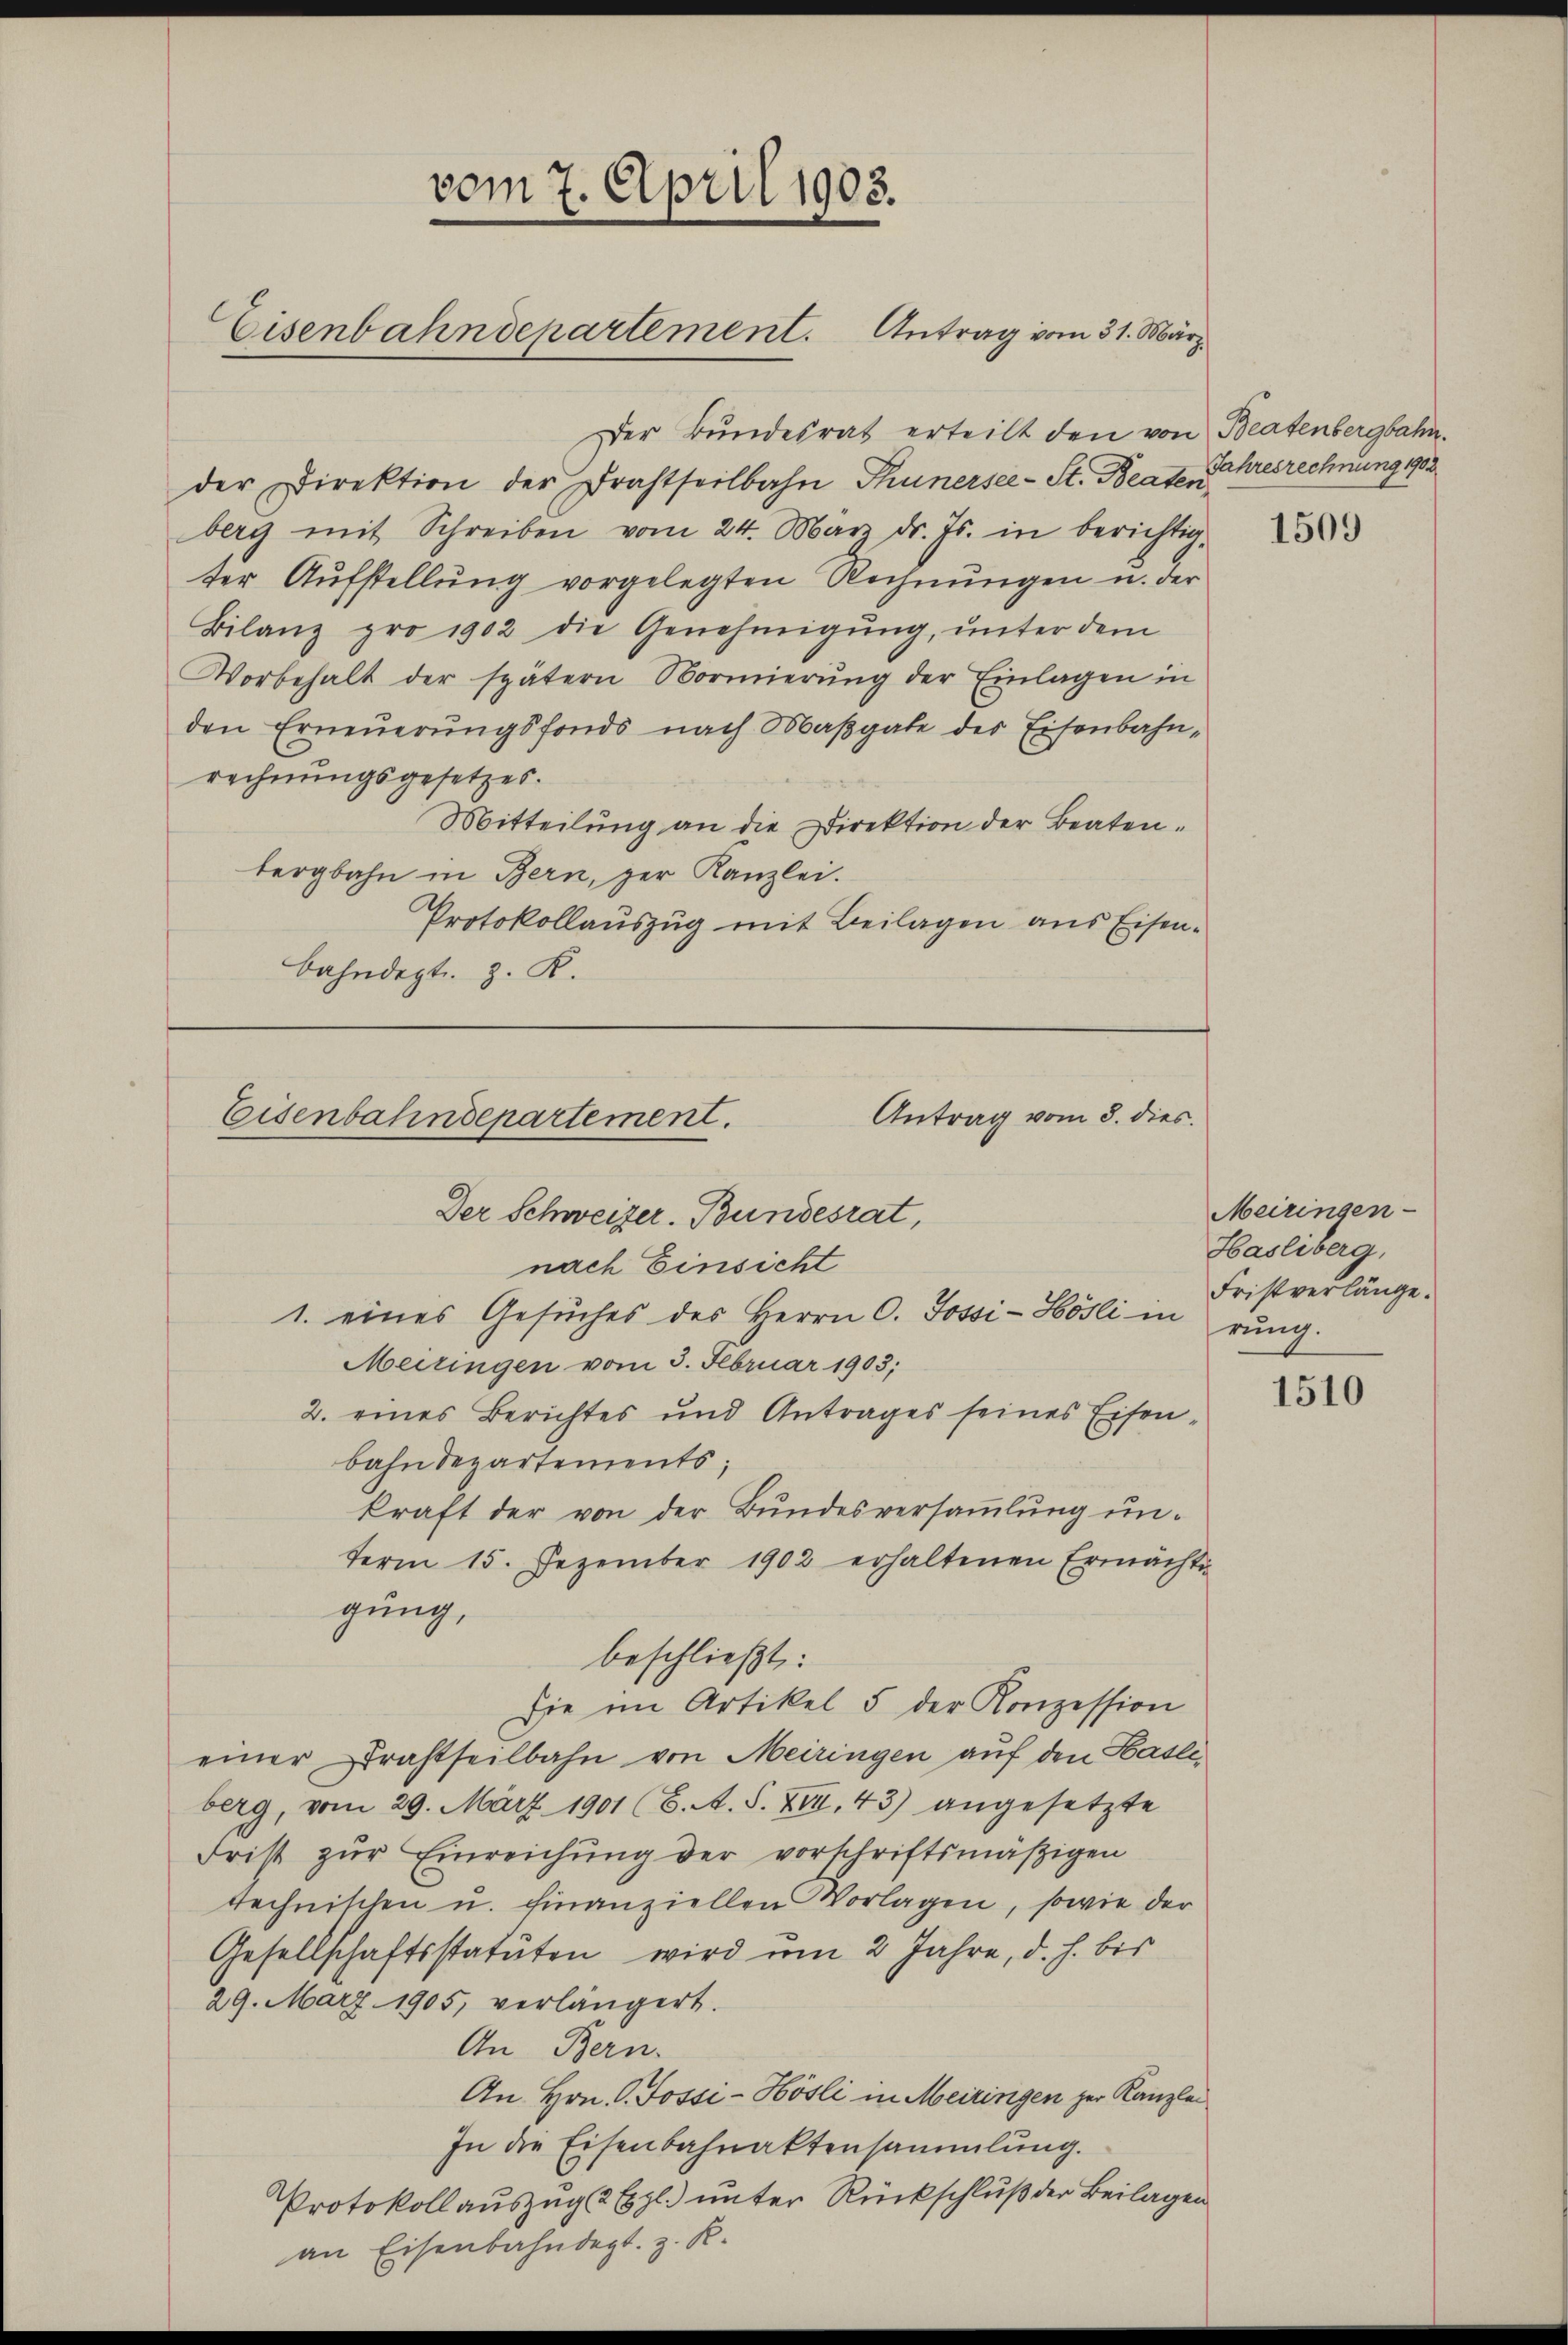
Der Bundesrat erteilt den von Beatenbergbahn.
der Direktion der Drahtseilbahn Thunersee-St. Beater, Schresrechnung 1902
berg mit Schreiben vom 24. März d. Js. in berichtig-
ter Aufstellung vorgelegten Rechnungen u. der
Bilanz pro 1902 die Genehmigung, unter dem
Vorbehalt der spätern Normierŭng der Einlagen in
den Erneuerungsfonds nach Maßgabe der Eisenbahnrechnungsgesetzes.
Mitteilung an die Direktion der Beatenbergbahn in Bern, der Kanzlei.
Protokollauszug mit Beilagen aus Eisenbahndept. z. K.

vom 7. April 1903.

Eisenbahndepartement. Antrag vom 31. März

Antrag vom 8. dies.
Eisenbahndepartement.
Der Schweizer-Bundesrat,
nach Einsicht
1. eines Gesŭches des Herrn C. Jossi-Hösli in rung

Meiringen vom 3. Februar 1903;
2. eines Berichtes und Antrages seines Eisenbahndepartements;
kraft der von der Bundesversammlung un-
term 15. Dezember 1902 erhaltenen Ermächtig
gung,
beschließt:
sie im Artikel 5 der Konzession
einer Drahtheilbahn von Meiringen auf den Hasliberg, vom 29. März 1901 (6. A. S. XII. 43) angesetzte
Frist zŭr Einreichung der vorschriftsmäßigen
rechnischen u. finanziellen Vorlagen, sowie der
Gesellschaftsstatuten wird um 2 Jahre, d. h. bis
29. März 1905, verlängert.
An Bern.
An Hrn. G. Fossi-Hösli in Meiringen zur Kanzlei
In die Eisenbahnaktensammlung.
Protokoll auszug & Expl.) unter Rückschluß der Beilagen
an Eisenbahndept. z. R.

1509

Meiringen-
Hasliberg,
Fristverlänge.

1510